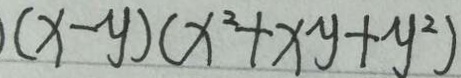
、 ( x - y ) ( x ^ { 2 } + x y + y ^ { 2 } )